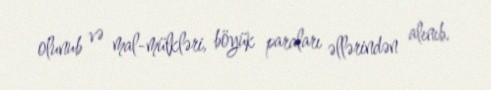
olunub və mal-mülkləri, böyük paraları əllərindən alınıb.